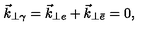
\vec { k } _ { \perp \gamma } = \vec { k } _ { \perp e } + \vec { k } _ { \perp \bar { e } } = 0 ,